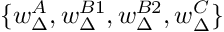
\{ w _ { \Delta } ^ { A } , w _ { \Delta } ^ { B 1 } , w _ { \Delta } ^ { B 2 } , w _ { \Delta } ^ { C } \}